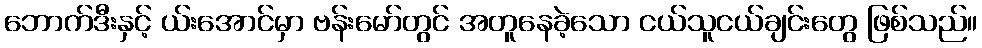
ဘောက်ဒီးနှင့် ယ်းအောင်မှာ ဗန်းမော်တွင် အတူနေခဲ့သော ငယ်သူငယ်ချင်းတွေ ဖြစ်သည်။